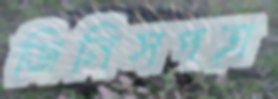
জিনিসপত্র